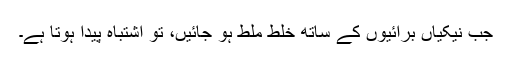
جب نیکیاں برائیوں کے ساتھ خلط ملط ہو جائیں، تو اشتباہ پیدا ہوتا ہے۔